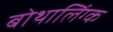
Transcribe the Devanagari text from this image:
बोथालिंग्क